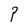
Character: P